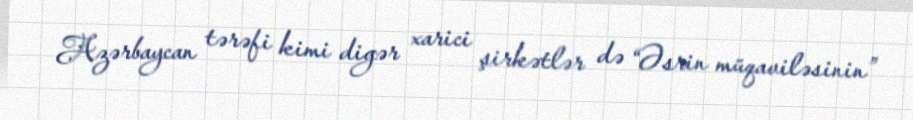
Azərbaycan tərəfi kimi digər xarici şirkətlər də “Əsrin müqaviləsinin”